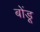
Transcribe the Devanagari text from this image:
बोंडू